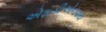
એફડીએનવાય